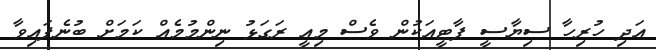
އަދި ހުރިހާ ސިޔާސީ ޕާޓީއަކުން ވެސް މިއީ ރަގަޅު ނިންމުމެއް ކަމަށް ބުނެފައިވާ